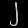
Digit: ၂